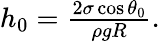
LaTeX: \begin{array}{r}{h_{0}=\frac{2\sigma\cos\theta_{0}}{\rho gR}.}\end{array}